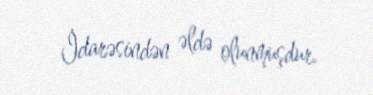
İdarəsindən əldə olunmuşdur.